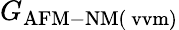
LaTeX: G_{\mathrm{AFM-NM(\ vvm)}}